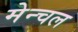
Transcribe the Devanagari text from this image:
मेन्चल